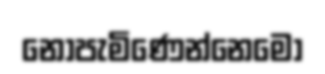
නොපැමිණෙන්නෙමෝ